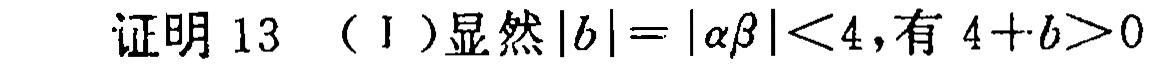
证明 13 （Ⅰ）显然\(|b| = |\alpha\beta| < 4\)，有 \(4 + b>0\)